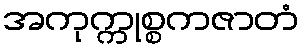
အကုက္ကုစ္စကဇာတံ